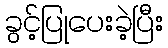
ခွင့်ပြုပေးခဲ့ပြီး